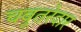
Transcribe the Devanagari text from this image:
चबूतरेदार